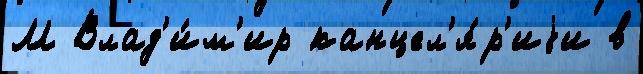
М Влад'и́м'ир канцел'я́р'иjи в